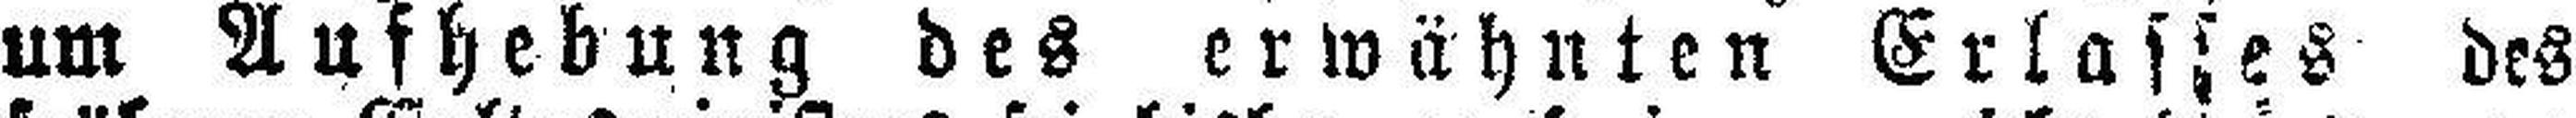
um Aufhebung des erwähnten Erlasses des